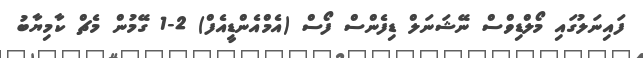
ފައިނަލުގައި މޯލްޑިވްސް ނޭޝަނަލް ޑިފެންސް ފޯސް (އެމްއެންޑީއެފް) 2-1 ގޭމުން މެޗް ކާމިޔާބު